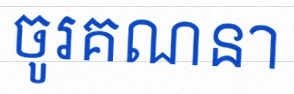
ចូរគណនា